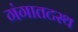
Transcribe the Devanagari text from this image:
गंगातटस्थ